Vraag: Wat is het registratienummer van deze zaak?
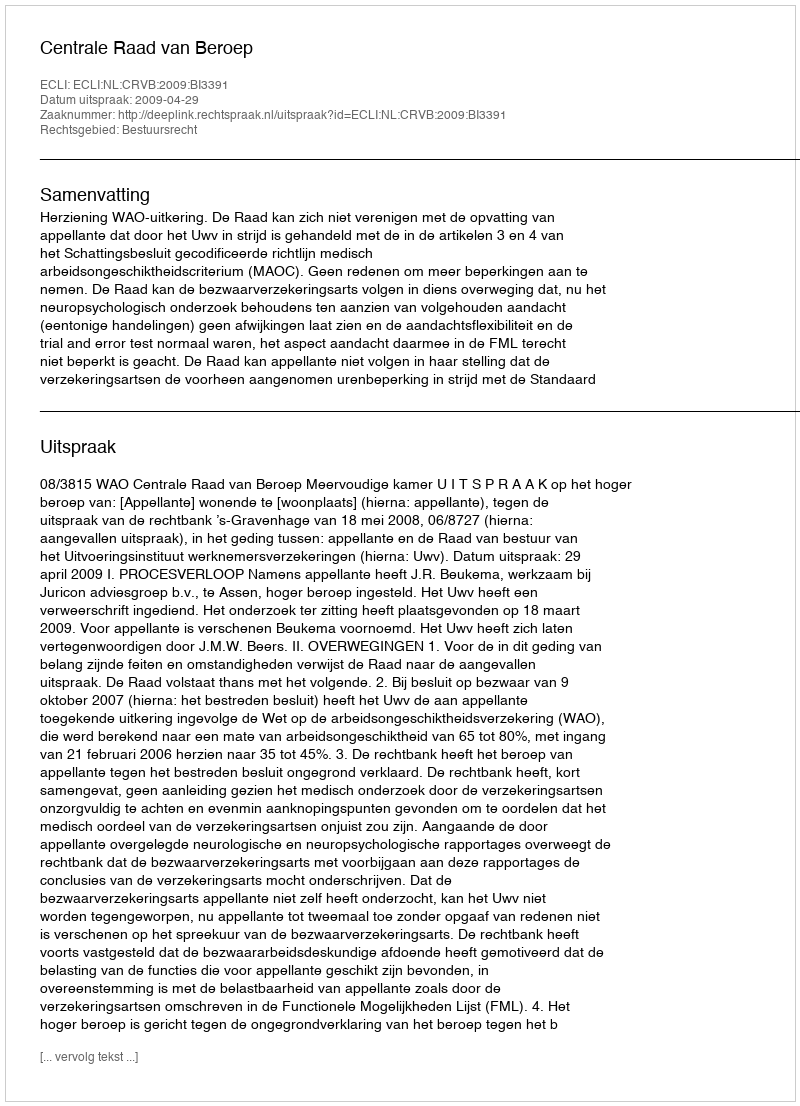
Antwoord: http://deeplink.rechtspraak.nl/uitspraak?id=ECLI:NL:CRVB:2009:BI3391